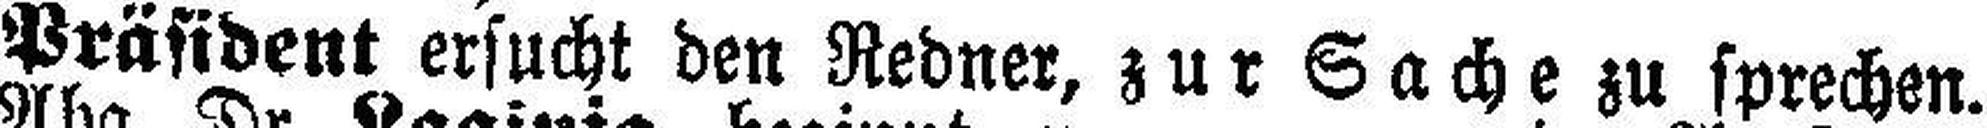
Präsident ersucht den Redner, zur Sache zu sprechen.